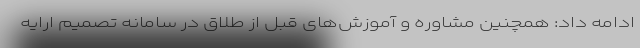
ادامه داد: همچنین مشاوره و آموزش‌های قبل از طلاق در سامانه تصمیم ارایه